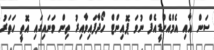
ސަން އާއި އެމްއެންޑީއެފް ނުވަ ޕޮއިންޓް ހޯދާފައިވާއިރު ތިން ވަނައިގައި އޮތީ ހަތަރު